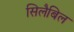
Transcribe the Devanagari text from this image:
सिलैबिल